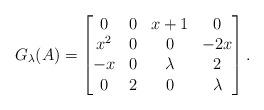
LaTeX: \begin{align*} G_{\lambda}(A)= \begin{bmatrix} 0 & 0 & x+1 & 0 \\ x^2 & 0 & 0 & -2 x\\ -x & 0 & \lambda & 2 \\ 0 & 2 & 0 & \lambda \end{bmatrix} .\end{align*}